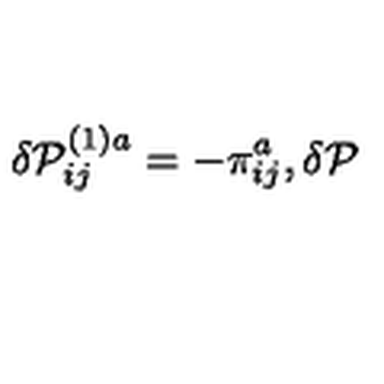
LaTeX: \delta \mathcal { P } _ { i j } ^ { ( 1 ) a } = - \pi _ { i j } ^ { a } , \delta \mathcal { P }